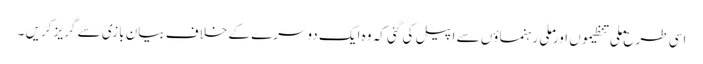
اسی طرح ملی تنظیموں اور ملی رہنماؤں سے اپیل کی گئی کہ وہ ایک دوسرے کے خلاف بیان بازی سے گریز کریں ۔